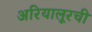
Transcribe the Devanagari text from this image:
अरियालूरची